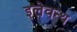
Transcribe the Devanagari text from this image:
इलेवन्थ